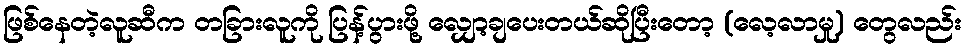
ဖြစ်နေတဲ့လူဆီက တခြားလူကို ပြန့်ပွားဖို့ လျှော့ချပေးတယ်ဆိုပြီးတော့ (လေ့လာမှု) တွေလည်း